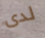
لدى